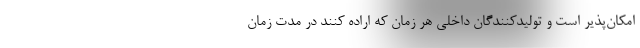
امکان‌پذیر است و تولیدکنندگان داخلی هر زمان که اراده کنند در مدت زمان